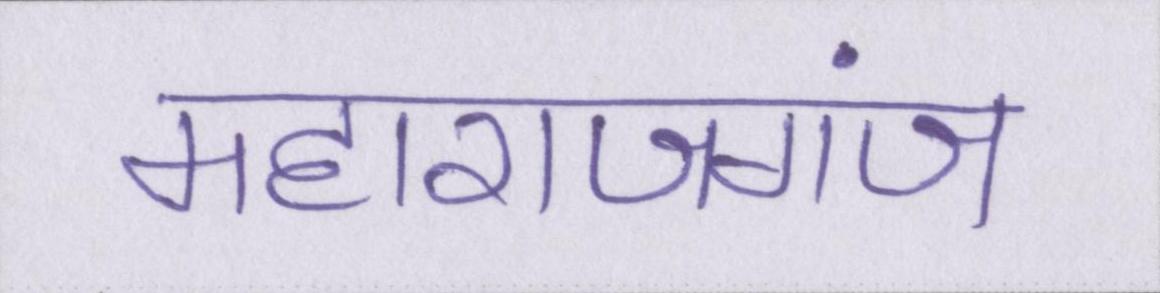
महाराजगंज